Lunatic asylums Central Provinces reports 1910-1926 - 1910-1926
Year: 1910
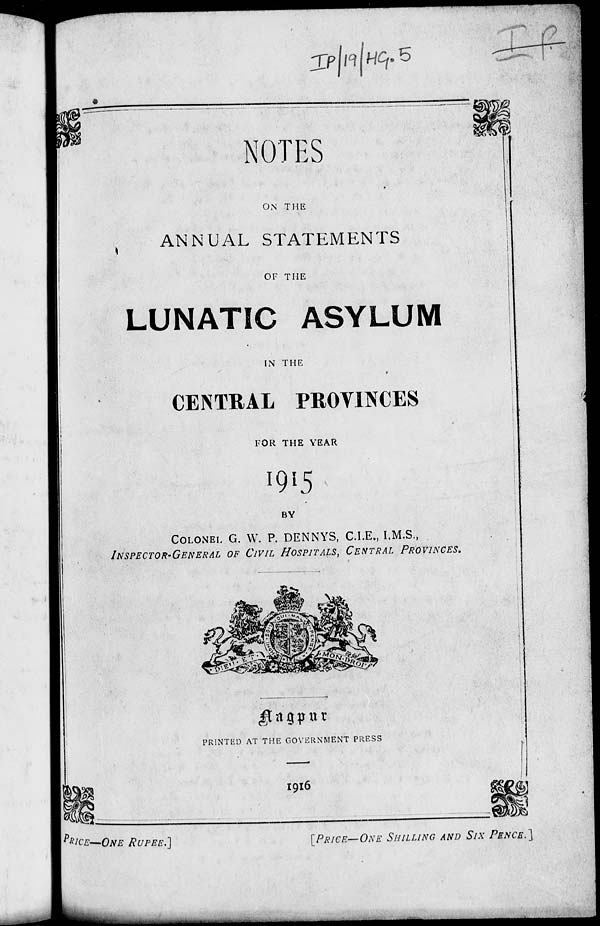
NOTES
ON THE
ANNUAL STATEMENTS
OF THE
LUNATIC ASYLUM
IN THE
CENTRAL PROVINCES
FOR THE YEAR
1915
BY
COLONEL G. W. P. DENNYS, C.I.E., I.M.S.,
INSPECTOR-GENERAL
OF CIVIL HOSPITALS, CENTRAL
PROVINCES.
NAGPUR
PRINTED AT THE GOVERNMENT PRESS
1916
PRICE—ONE RUPEE.]
[PRICE—ONE
SHILLING AND SIX
PENCE.]